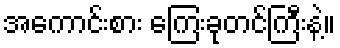
အကောင်းစား ကြေးခုတင်ကြီးနဲ့။